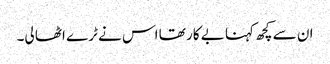
ان سے کچھ کہنا بے کار تھا اس نے ٹرے اٹھا لی۔